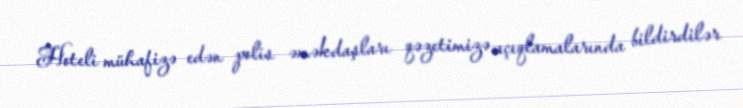
Hoteli mühafizə edən polis əməkdaşları qəzetimizə açıqlamalarında bildirdilər